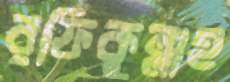
রফিকুল্লাহ